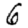
Digit: 6